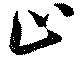
止